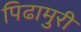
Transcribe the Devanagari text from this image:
पिढामुरी